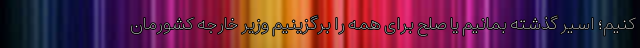
کنیم؛ اسیر گذشته بمانیم یا صلح برای همه را برگزینیم وزیر خارجه کشورمان